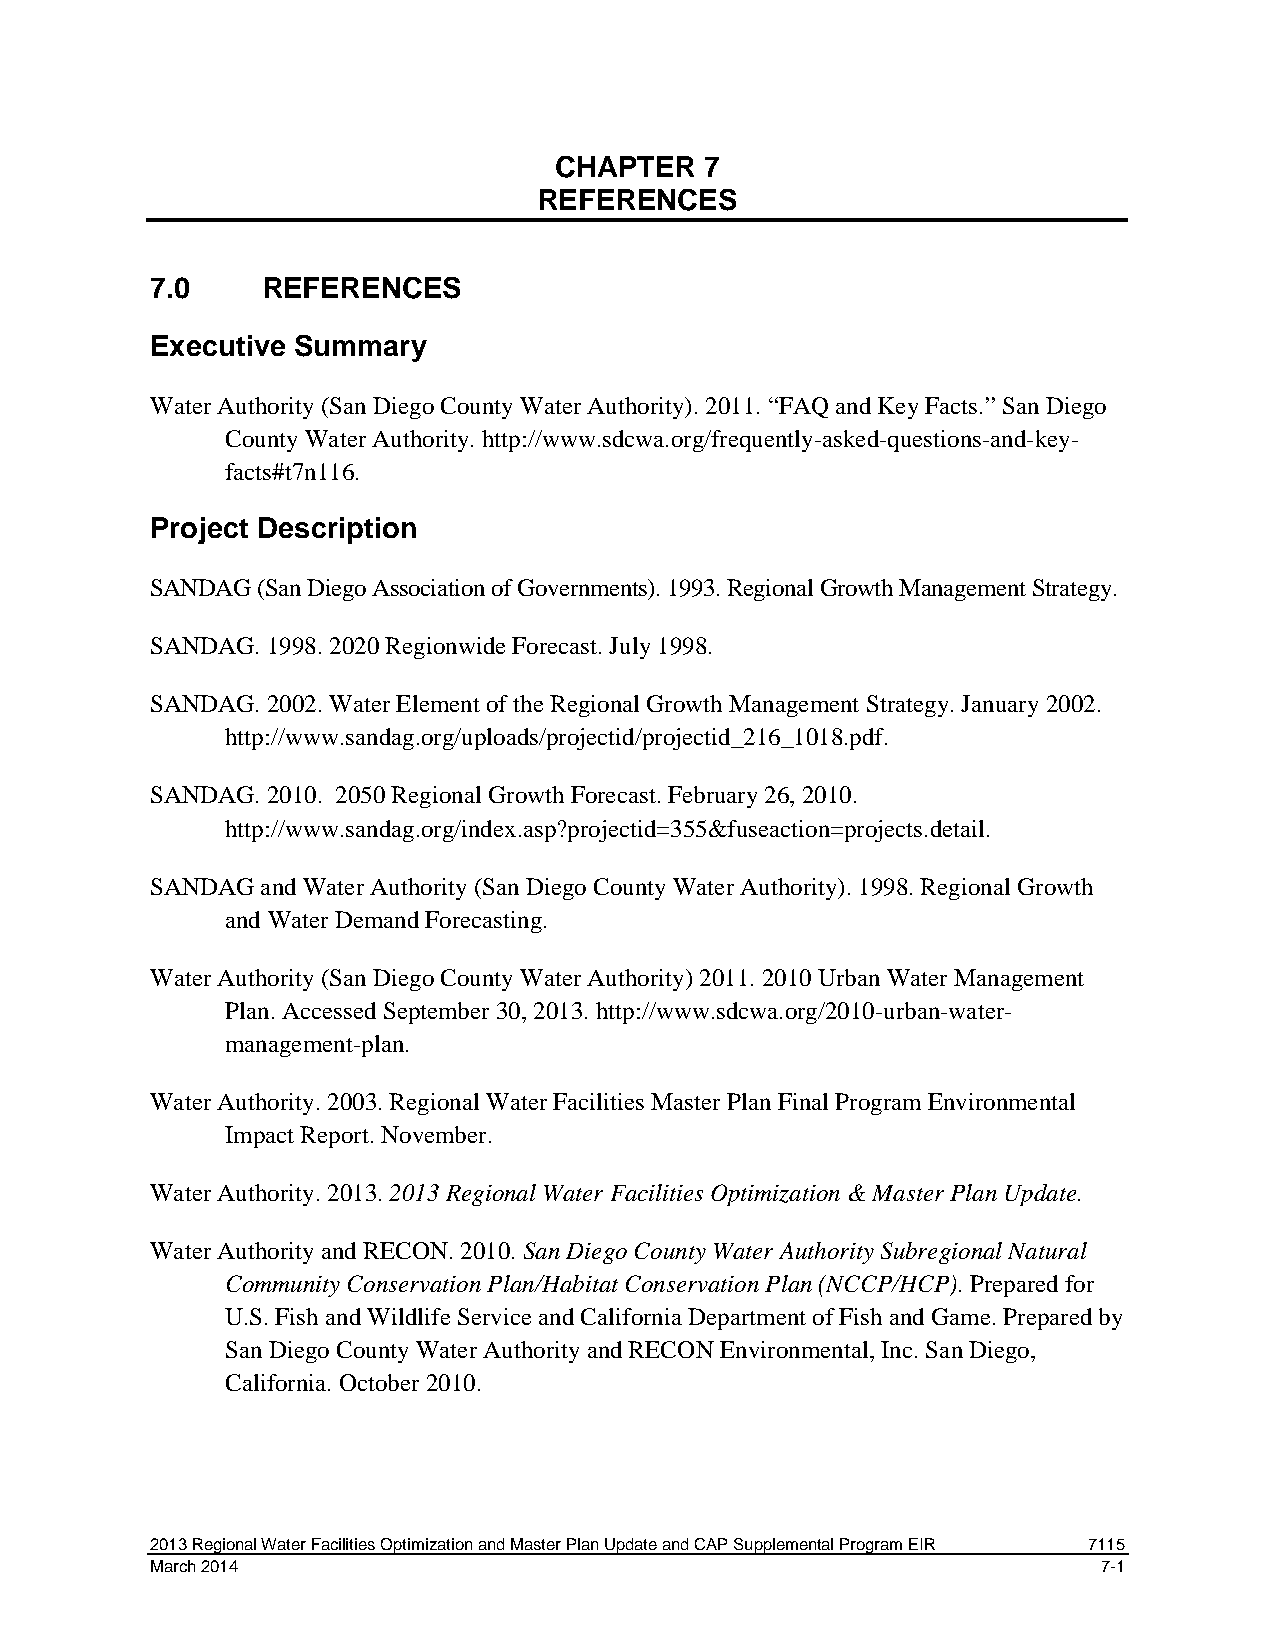
CHAPTER   7
 REFERENCES
 7.0    REFERENCES
 Executive Summary
 Water Authority (San Diego County Water Authority). 2011. “FAQ and Key Facts.” San Diego
 County Water Authority. http://www.sdcwa.org/frequently-asked-questions-and-key-
 facts#t7n116.
 Project Description
 SANDAG (San Diego Association of Governments). 1993. Regional Growth Management Strategy.
 SANDAG. 1998. 2020 Regionwide Forecast. July 1998.
 SANDAG. 2002. Water Element of the Regional Growth Management Strategy. January 2002.
 http://www.sandag.org/uploads/projectid/projectid_216_1018.pdf.
 SANDAG. 2010. 2050 Regional Growth Forecast. February 26, 2010.
 http://www.sandag.org/index.asp?projectid=355&fuseaction=projects.detail.
 SANDAG and Water Authority (San Diego County Water Authority). 1998. Regional Growth
 and Water Demand Forecasting.
 Water Authority (San Diego County Water Authority) 2011. 2010 Urban Water Management
 Plan. Accessed September 30, 2013. http://www.sdcwa.org/2010-urban-water-
 management-plan.
 Water Authority. 2003. Regional Water Facilities Master Plan Final Program Environmental
 Impact Report. November.
 Water Authority. 2013. 2013 Regional Water Facilities Optimization & Master Plan Update.
 Water Authority and RECON. 2010. San Diego County Water Authority Subregional Natural
 Community Conservation Plan/Habitat Conservation Plan (NCCP/HCP). Prepared for
 U.S. Fish and Wildlife Service and California Department of Fish and Game. Prepared by
 San Diego County Water Authority and RECON Environmental, Inc. San Diego,
 California. October 2010.
 2013 Regional Water Facilities Optimization and Master Plan Update and CAP Supplemental Program EIR 7115
 March 2014                                                     7-1